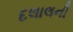
દલાલની